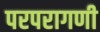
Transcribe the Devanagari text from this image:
परपरागणी